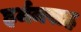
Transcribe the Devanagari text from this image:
हर्मनसह